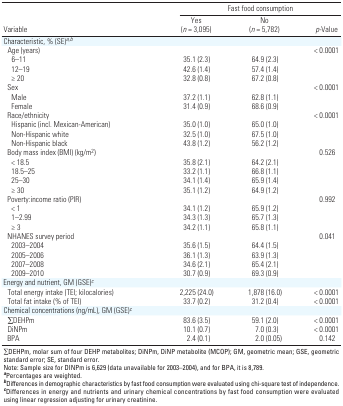
<table><thead><tr><td rowspan="2"><b>Variable</b></td><td colspan="3"><b>Fast food consumption</b></td></tr><tr><td><b>Yes (<i>n </i>= 3,095)</b></td><td><b>No (<i>n </i>= 5,782)</b></td><td><b><i>p-</i>Value</b></td></tr></thead><tbody><tr><td><b>Characteristic, % (SE)<sup><i>a,b </i></sup></b></td></tr><tr><td><b>Age (years)</b></td><td></td><td></td><td>&lt; 0.0001</td></tr><tr><td><b>6–11 </b></td><td>35.1 (2.3)</td><td>64.9 (2.3)</td></tr><tr><td><b>12–19 </b></td><td>42.6 (1.4)</td><td>57.4 (1.4)</td></tr><tr><td><b>≥ 20 </b></td><td>32.8 (0.8)</td><td>67.2 (0.8)</td></tr><tr><td><b>Sex</b></td><td></td><td></td><td>&lt; 0.0001</td></tr><tr><td><b>Male</b></td><td>37.2 (1.1)</td><td>62.8 (1.1)</td></tr><tr><td><b>Female</b></td><td>31.4 (0.9)</td><td>68.6 (0.9)</td></tr><tr><td><b>Race/ethnicity</b></td><td></td><td></td><td>&lt; 0.0001</td></tr><tr><td><b>Hispanic (incl. Mexican-American)</b></td><td>35.0 (1.0)</td><td>65.0 (1.0)</td></tr><tr><td><b>Non-Hispanic white</b></td><td>32.5 (1.0)</td><td>67.5 (1.0)</td></tr><tr><td><b>Non-Hispanic black</b></td><td>43.8 (1.2)</td><td>56.2 (1.2)</td></tr><tr><td><b>Body mass index (BMI) (kg/m<sup>2</sup>)</b></td><td></td><td></td><td>0.526</td></tr><tr><td><b>&lt; 18.5</b></td><td>35.8 (2.1)</td><td>64.2 (2.1)</td></tr><tr><td><b>18.5–25</b></td><td>33.2 (1.1)</td><td>66.8 (1.1)</td></tr><tr><td><b>25–30</b></td><td>34.1 (1.4)</td><td>65.9 (1.4)</td></tr><tr><td><b>≥ 30</b></td><td>35.1 (1.2)</td><td>64.9 (1.2)</td></tr><tr><td><b>Poverty:income ratio (PIR)</b></td><td></td><td></td><td>0.992</td></tr><tr><td><b>&lt; 1</b></td><td>34.1 (1.2)</td><td>65.9 (1.2)</td></tr><tr><td><b>1–2.99</b></td><td>34.3 (1.3)</td><td>65.7 (1.3)</td></tr><tr><td><b>≥ 3</b></td><td>34.2 (1.1)</td><td>65.8 (1.1)</td></tr><tr><td><b>NHANES survey period</b></td><td></td><td></td><td>0.041</td></tr><tr><td><b>2003–2004 </b></td><td>35.6 (1.5)</td><td>64.4 (1.5)</td></tr><tr><td><b>2005–2006 </b></td><td>36.1 (1.3)</td><td>63.9 (1.3)</td></tr><tr><td><b>2007–2008 </b></td><td>34.6 (2.1)</td><td>65.4 (2.1)</td></tr><tr><td><b>2009–2010 </b></td><td>30.7 (0.9)</td><td>69.3 (0.9)</td></tr><tr><td><b>Energy and nutrient, GM (GSE)<sup><i>c</i></sup></b></td></tr><tr><td><b>Total energy intake (TEI; kilocalories)</b></td><td>2,225 (24.0)</td><td>1,878 (16.0)</td><td>&lt; 0.0001</td></tr><tr><td><b>Total fat intake (% of TEI)</b></td><td>33.7 (0.2)</td><td>31.2 (0.4)</td><td>&lt; 0.0001</td></tr><tr><td><b>Chemical concentrations (ng/mL), GM (GSE)<sup><i>c</i></sup></b></td></tr><tr><td><b>∑DEHPm</b></td><td>83.6 (3.5)</td><td>59.1 (2.0)</td><td>&lt; 0.0001</td></tr><tr><td><b>DiNPm</b></td><td>10.1 (0.7)</td><td>7.0 (0.3)</td><td>&lt; 0.0001</td></tr><tr><td><b>BPA</b></td><td>2.4 (0.1)</td><td>2.0 (0.05)</td><td>0.142</td></tr><tr><td colspan="4">∑DEHPm, molar sum of four DEHP metabolites; DiNPm, DiNP metabolite (MCOP); GM, geometric mean; GSE, geometric standard error; SE, standard error.Note: Sample size for DINPm is 6,629 (data unavailable for 2003–2004), and for BPA, it is 8,789.<sup><i><b>a</b></i></sup>Percentages are weighted.<sup><i><b>b</b></i></sup>Differences in demographic characteristics by fast food consumption were evaluated using chi-square test of independence.<sup><i><b>c</b></i></sup>Differences in energy and nutrients and urinary chemical concentrations by fast food consumption were evaluated using linear regression adjusting for urinary creatinine.</td></tr></tbody></table>